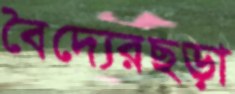
বৈদ্যেরছড়া